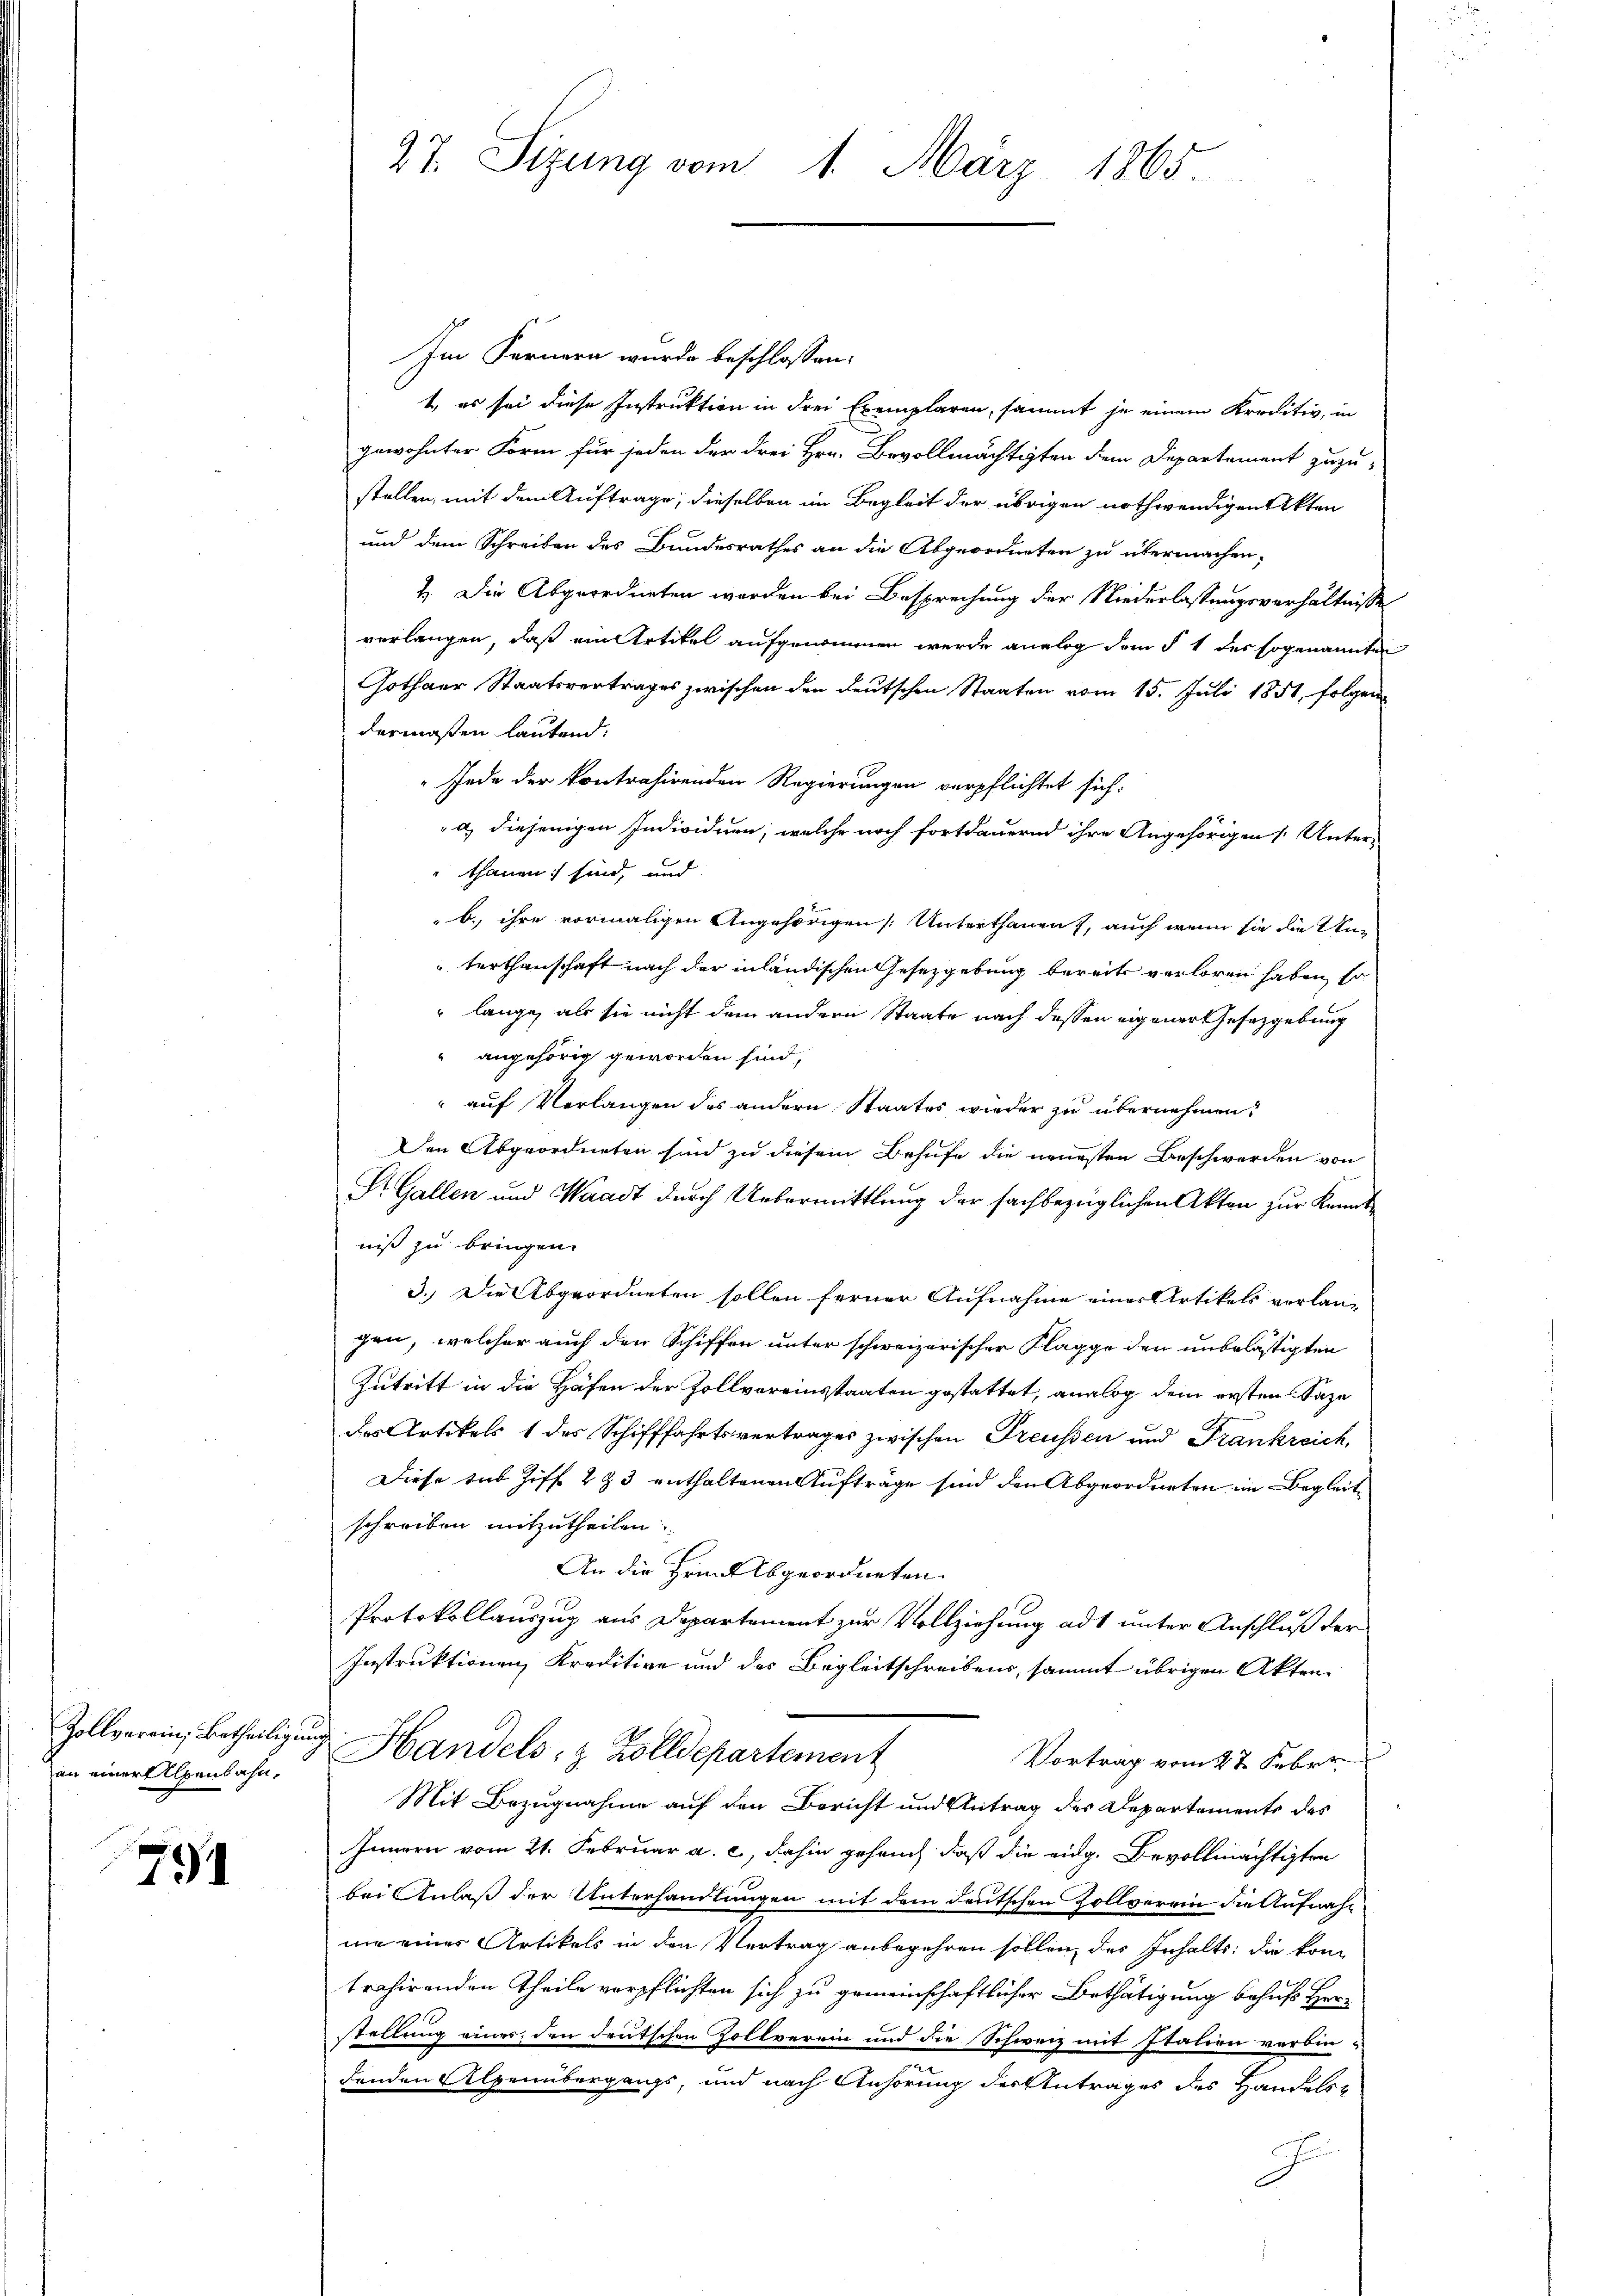
Zollverein, Betheiligung
an einer Alpenbahn,

74

27 Sizung vom 1. März 1865.

Im Fernern wurde beschlossen:
1. es sei diese Instruktion in drei Exemplaren, sammt je einem Kreditiv, in
gewohnter Form für jeden der drei Hrn. Bevollmächtigten dem Departement zuzu-
stellen, mit dem Auftrage, dieselben im Begleit der übrigen nothwendigen Akten
und dem Schreiben des Bundesrathes an die Abgeordneten zu übermachen,
1. Die Abgeordneten werden bei Besprechung der Niederlassungsverhältnisse
verlangen, daß ein Artikel aufgenommen werde analog dem § 1 des sogenannten
Gothaer Staatsvertrages zwischen den deutschen Staaten vom 15. Juli 1851, folgen
dermaßen lautend:
 Jede der kontrahirenden Regierungen verpflichtet sich.
a) diejenigen Individuen, welche noch fortdauernd ihre Angehörigen Unterthanen sind, und
b. ihre vormaligen Angehörigen Unterthanen, auch wenn sie die Unterthanschaft nach der inländischen Gesetzgebung bereits verloren haben, so
 lange, als sie nicht dem andern Staate nach dessen eigener Gesetzgebung
" angehörig geworden sind,
" auf Verlangen des andern Staates wieder zu übernehmen?
Den Abgeordneten sind zu diesem Behufe die neuesten Beschwerden von
St. Gallen und Waadt durch Uebermittlung der sachbezüglichen Akten zur Kenntniß zu bringen.
3.) Die Abgeordneten sollen ferner Aufnahme einer Artikels verlan-
gen, welcher auch den Schiffen unter schweizerischer Flaggo den unbelästigten
Zutritt in die Häfen der Zollvoreinstaaten gestattet, analog dem ersten Sage
des Artikels 1 des Schifffahrtsvertrages zwischen Preussen und Frankreich,
Diese tat Ziff. 293 enthaltenen Aufträge sind den Abgeordneten im Begleitschreiben mitzutheilen.
An die Hrnn Abgeordneten.
Protokollauszug aus Departement zur Vollziehung ad unter Anschluß der
Instruktionen Kreditive und des Begleitschreibens, sammt übrigen Akten
 Handels, z. Zolldepartement
Vortrag vom 27. Feber.
Mit Bezugnahme auf den Bericht und Antrag des Departemente des
Innern vom 21. Februar a. c., dahin geheuch, daß die eidg. Bevollmächtigten
bei Anlaß der Unterhandlungen mit dem deutschen Zollverein die Aufnahwie eines Artikels in den Vertrag anbegehren sollen, des Inhalts: die kom
trahirenden Theile verpflichten sich zu gemeinschaftlicher Bethätigung behufs Her-
stellung einer, den deutschen Zollverein und die Schweiz mit Italien verbindenden Alpenübergangs, und nach Anhörung der Antrages des Handels¬